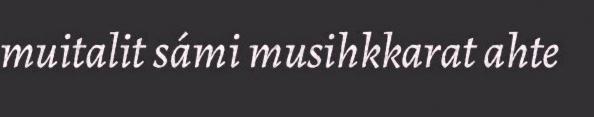
muitalit sámi musihkkarat ahte